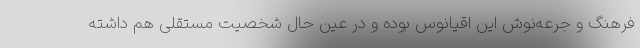
فرهنگ و جرعه‌نوش این اقیانوس بوده و در عین حال شخصیت مستقلی هم داشته